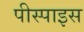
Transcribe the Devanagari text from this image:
पीस्पाइस